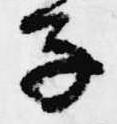
子